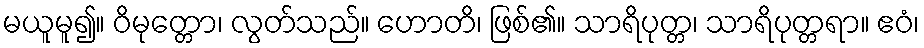
မယူမူ၍။ ဝိမုတ္တော၊ လွတ်သည်။ ဟောတိ၊ ဖြစ်၏။ သာရိပုတ္တ၊ သာရိပုတ္တရာ။ ဧဝံ၊